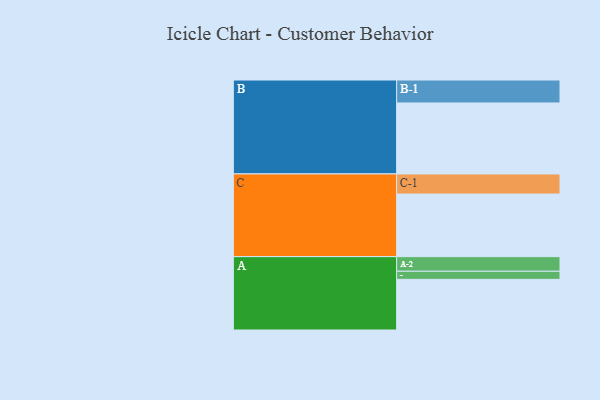
{"axis": {"x": "Segment", "y": "Value"}, "legend": ["", "A", "B", "C"], "data": [{"x": "A", "y": 357, "type": ""}, {"x": "B", "y": 500, "type": ""}, {"x": "C", "y": 441, "type": ""}, {"x": "A-1", "y": 57, "type": "A"}, {"x": "A-2", "y": 103, "type": "A"}, {"x": "B-1", "y": 162, "type": "B"}, {"x": "C-1", "y": 142, "type": "C"}]}